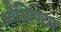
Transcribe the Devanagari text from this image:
औसिपिटल